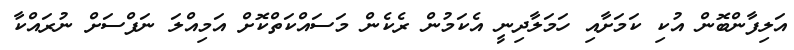
އަލިފާންބޮން އުކި ކަމަށާއި ހަމަލާދިނީ އެކަމުން ރެކެން މަސައްކަތްކޮށް އަމިއްލަ ނަފްސަށް ނުރައްކާ